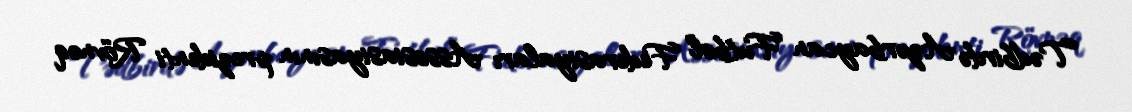
Tədbirdə Azərbaycan Futbol Federasiyaları Assosiasiyasının prezidenti Rövnəq